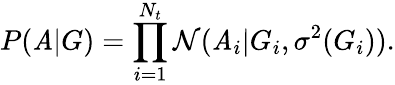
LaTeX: P(\mathit{A}|G)=\prod_{i=1}^{N_{t}}\mathcal{{N}}(\mathit{A}_{i}|G_{i},\sigma^{2}(G_{i})).